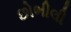
છોભીલી